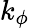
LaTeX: k_{\phi}